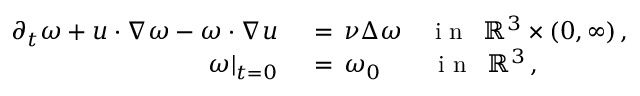
\begin{array} { r l } { \partial _ { t } \omega + u \cdot \nabla \omega - \omega \cdot \nabla u \, } & { { } = \, \nu \Delta \omega \quad \mathrm { ~ i ~ n ~ } ~ \, \mathbb { R } ^ { 3 } \times ( 0 , \infty ) \, , } \\ { \omega | _ { t = 0 } \, } & { { } = \, \omega _ { 0 } \quad \quad \mathrm { ~ i ~ n ~ } ~ \, \mathbb { R } ^ { 3 } \, , } \end{array}